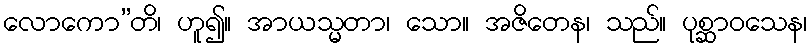
လောကော”တိ၊ ဟူ၍။ အာယသ္မတာ၊ သော။ အဇိတေန၊ သည်။ ပုစ္ဆာဝသေန၊